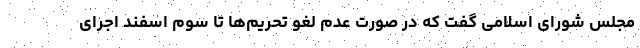
مجلس شورای اسلامی گفت که در صورت عدم لغو تحریم‌ها تا سوم اسفند اجرای